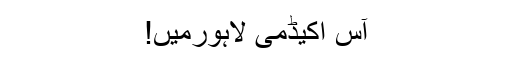
آس اکیڈمی لاہورمیں!